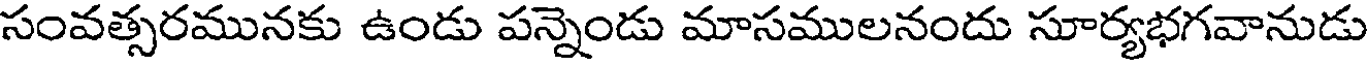
సంవత్సరమునకు ఉండు పన్నెండు మాసములనందు సూర్యభగవానుడు